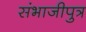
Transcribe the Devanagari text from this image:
संभाजीपुत्र